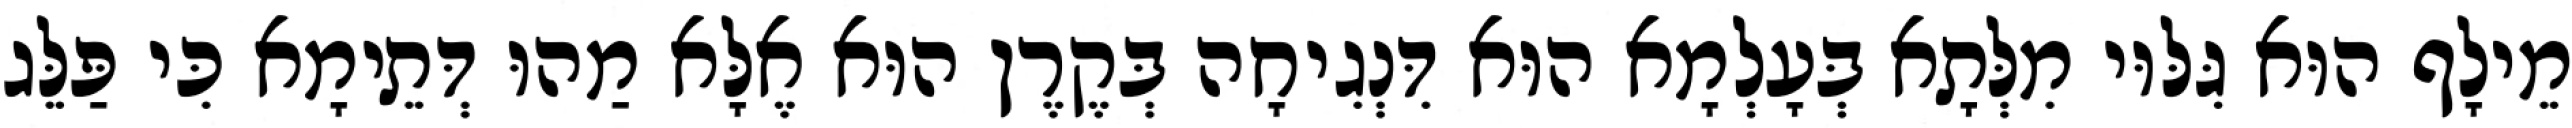
מֵילָף הוּא גִּלּוּי מִלְּתָא בְּעָלְמָא הוּא דִּנְגִיחָה בְּקֶרֶן הוּא אֶלָּא מַהוּ דְּתֵימָא כִּי פַּלֵּג